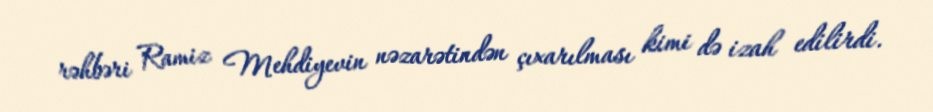
rəhbəri Ramiz Mehdiyevin nəzarətindən çıxarılması kimi də izah edilirdi.